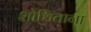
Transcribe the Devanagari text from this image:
शोधिताना